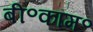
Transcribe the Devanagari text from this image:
बी॰कॉम॰